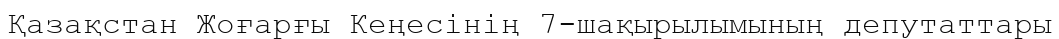
Қазақстан Жоғарғы Кеңесінің 7-шақырылымының депутаттары